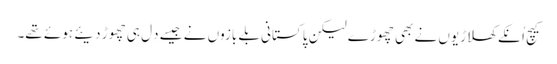
کیچ اُنکے کھلاڑیوں نے بھی چھوڑے لیکن پاکستانی بلے بازوں نے جیسے دِل ہی چھوڑ دیئے ہوئے تھے۔